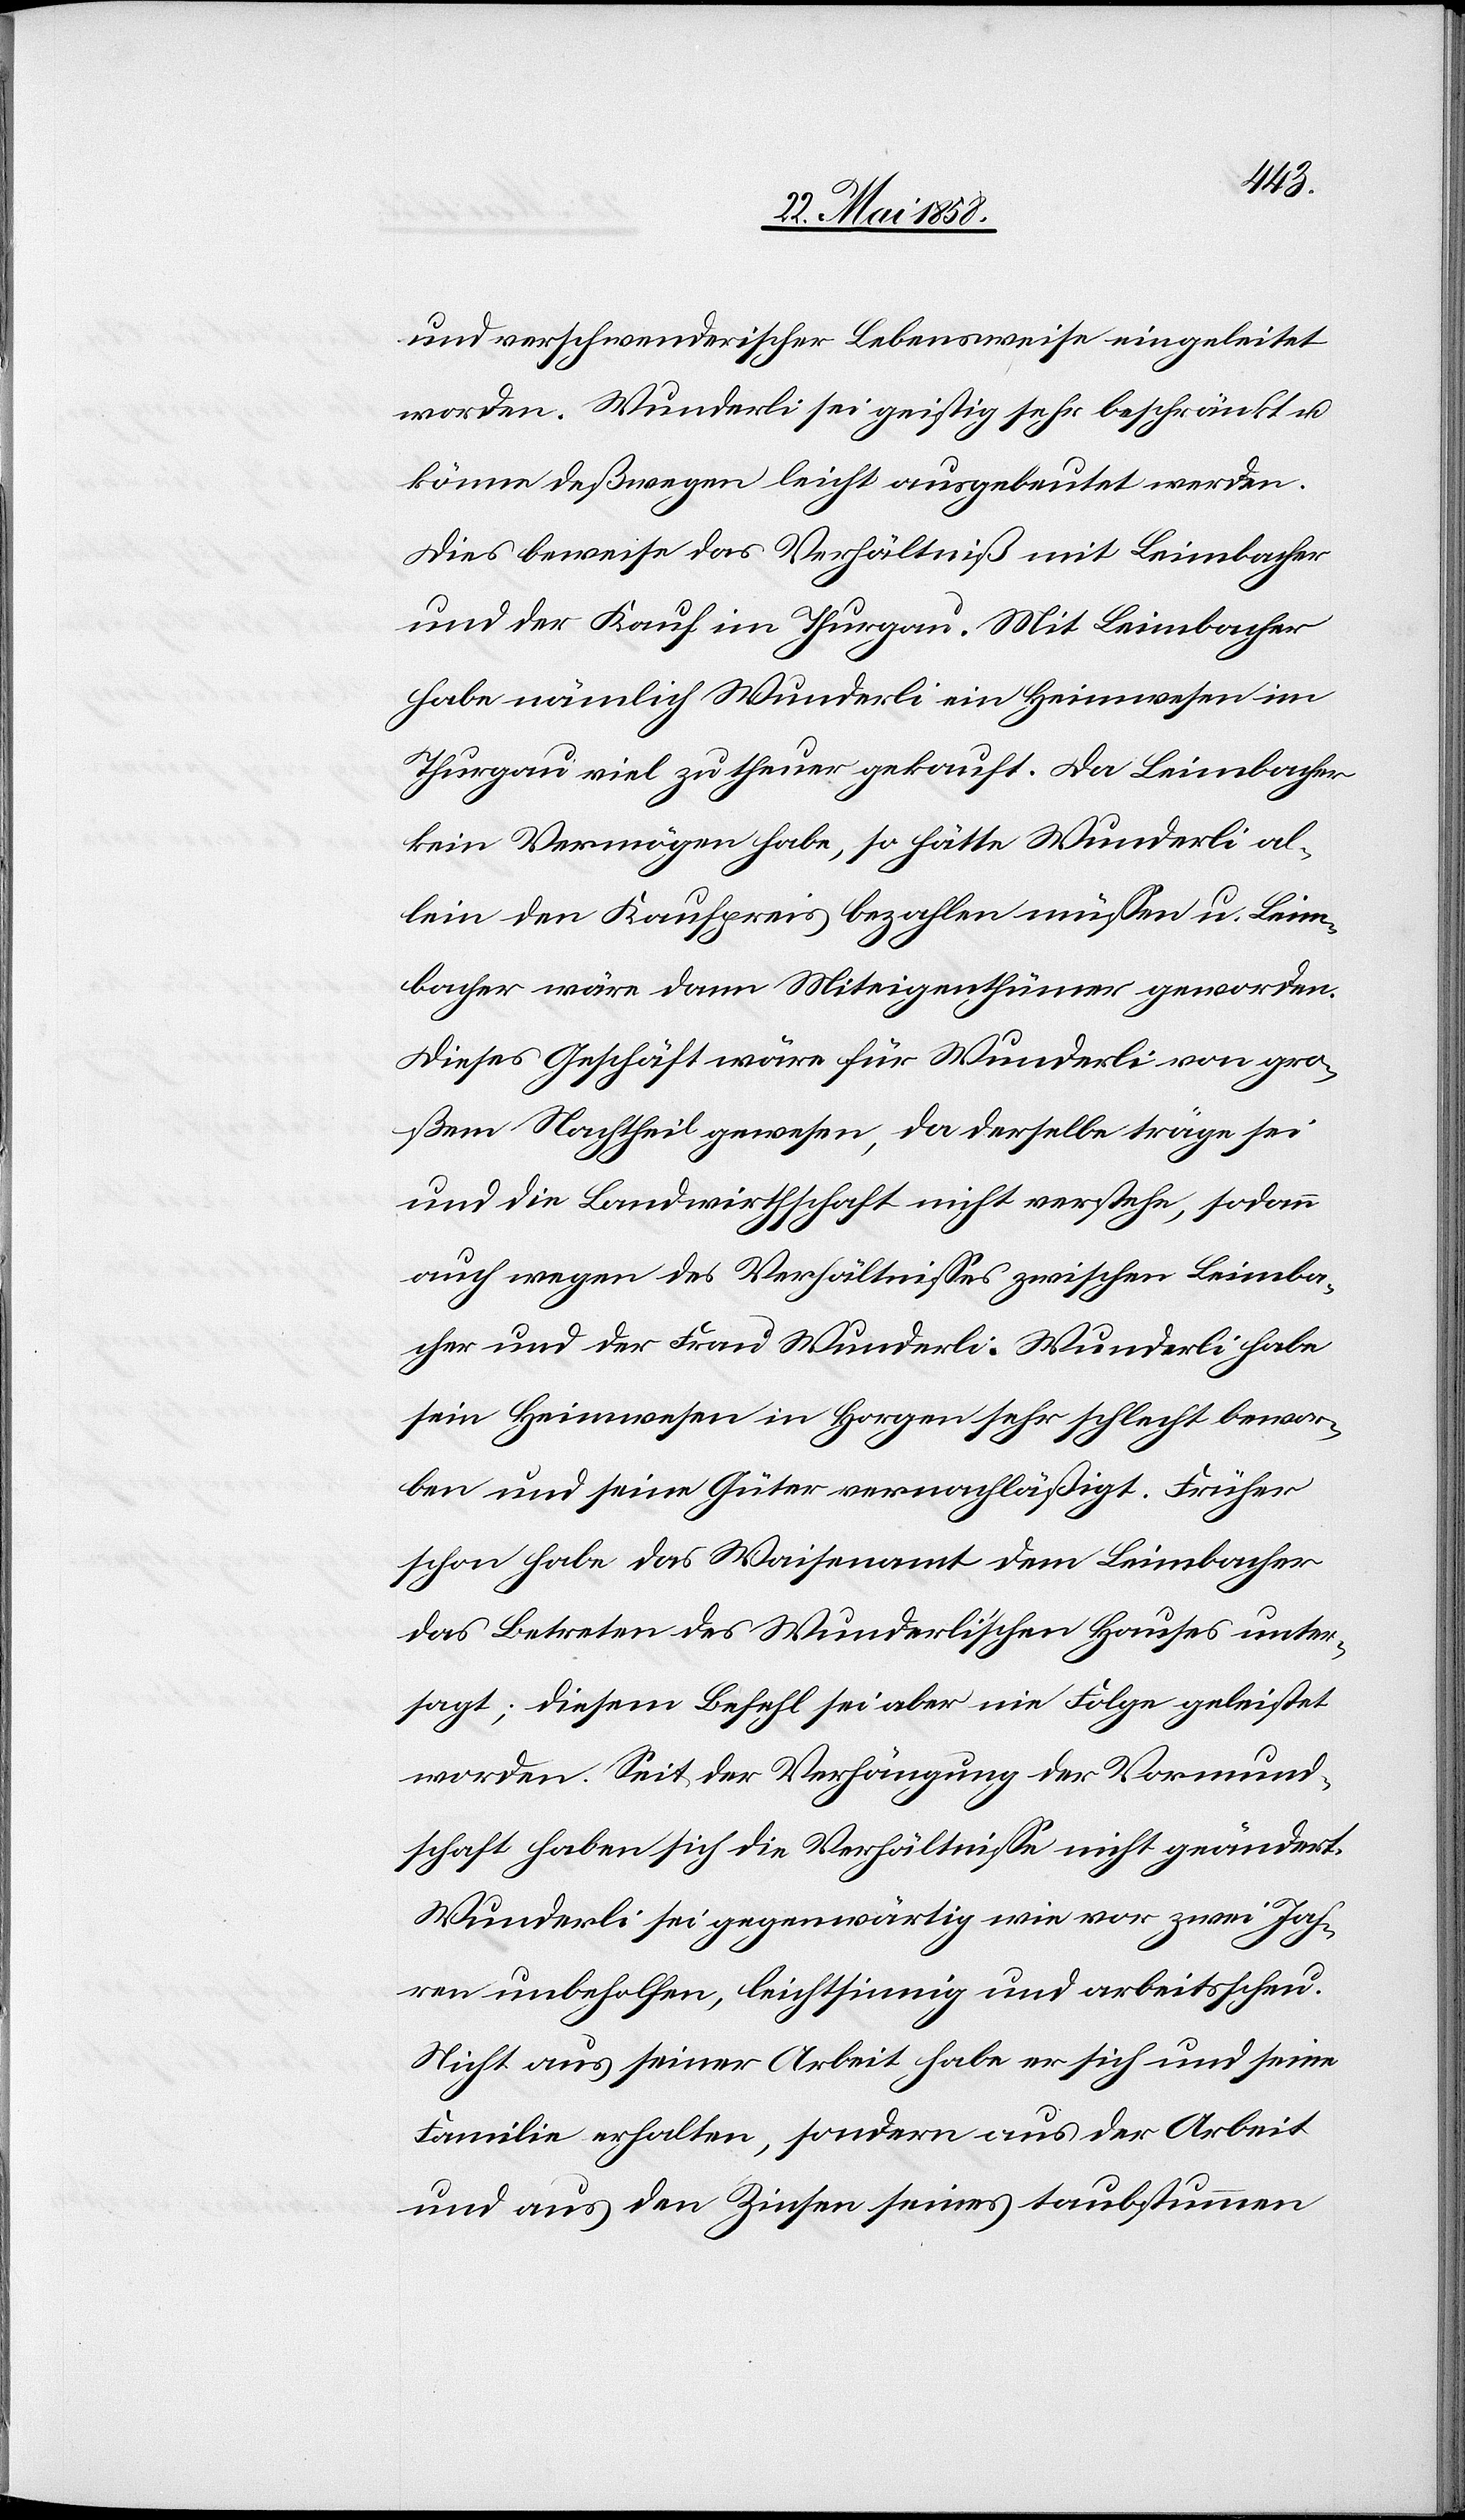
und verschwenderischer Lebensweise eingeleitet
worden. Wunderli sei geistlig sehr beschränkt u.
könne deßwegen leicht ausgebeutet werden.
Dies beweise das Verhältniß mit Leimbacher
und der Kauf im Thurgau. Mit Leimbacher
habe nämlich Wunderli ein Heimwesen im
Thurgau viel zu theuer gekauft. Da Leimbacher
kein Vermögen habe, so hätte Wunderli al¬
lein den Kaufpreis bezahlen müssen u. Leim¬
bacher wäre dann Miteigenthümer geworden.
Dieses Geschäft wäre für Wunderli von gro¬
ßem Nachtheil gewesen, da derselbe träge sei
und die Landwirtschaft nicht verstehen, sodann
auch wegen des Verhältnissen zwischen Leimba¬
cher und der Frau Wunderli-Wunderli habe
sein Heimweisen in Horgen sehr schlecht bewor¬
ben und seine Güter vernachläßigt. Früher
schon habe das Waisenamt dem Leimbacher
das Betreten des Wunderli’schen Hauses unter¬
sagt; diesem Befehl sei aber nie Folge geleistet
worden. Seit der Verhängung der Vormund¬
schaft haben sich die Verhältnisse nicht geändert.
Wunderli sei gegenwärtig wie vor zwei Jah¬
ren unbeholfen, leichtsinnig und arbeitsscheu.
Nicht aus seiner Arbeit habe er sich und seine
Familie erhalten, sondern aus der Arbeit
und aus den Zinsen seines taubstummen